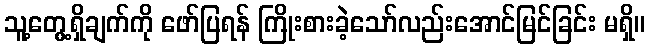
သူ့တွေ့ရှိချက်ကို ဖော်ပြရန် ကြိုးစားခဲ့သော်လည်းအောင်မြင်ခြင်း မရှိ။